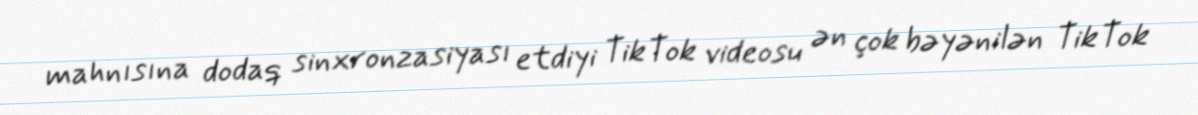
mahnısına dodaq sinxronzasiyası etdiyi TikTok videosu ən çok bəyənilən TikTok